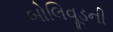
બોલિવૂડની